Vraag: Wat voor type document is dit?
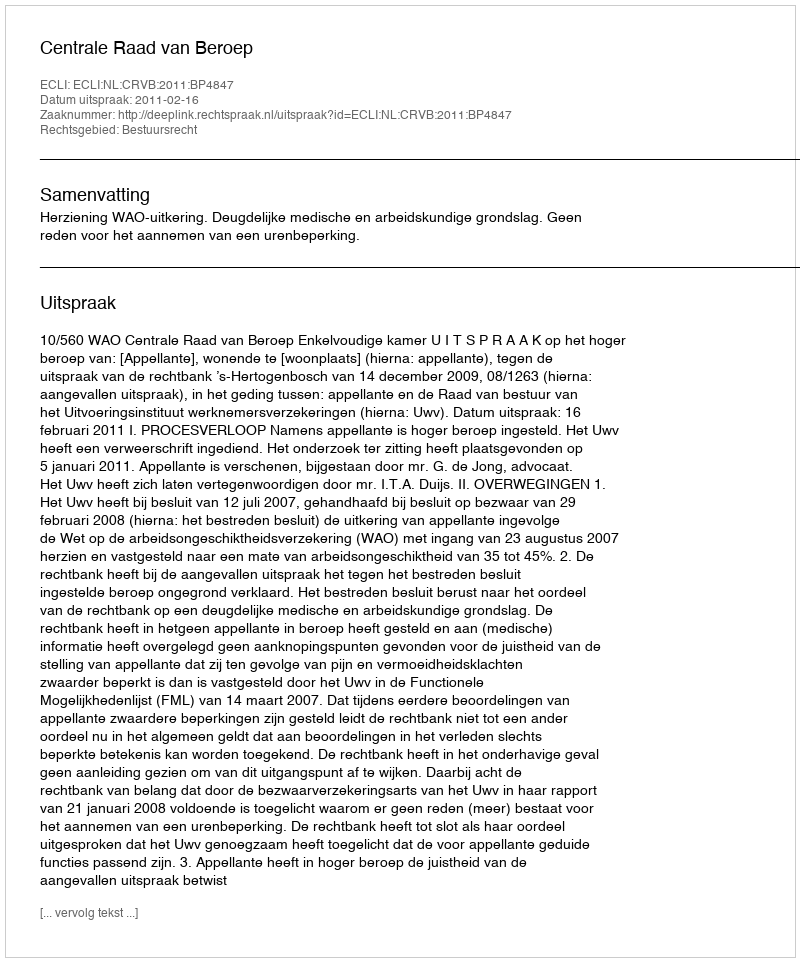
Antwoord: Uitspraak